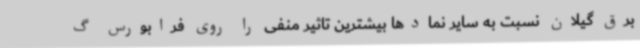
برق گیلان نسبت به سایر نمادها بیشترین تاثیر منفی را روی فرابورس گ